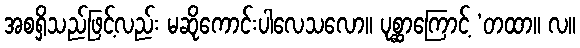
အစရှိသည်ဖြင့်လည်း မဆိုကောင်းပါလေသလော။ ပုစ္ဆာကြောင့် ‘တထာ။ လ။